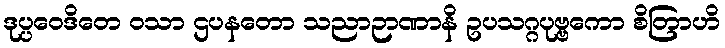
ဒုပ္ပဝေဒိတေ ဝသာ ဌပနတော သညာဉာဏာနိ ဥပသဂ္ဂပုဗ္ဗကော စိတြာဟိ